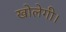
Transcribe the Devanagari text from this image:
खोलेगी।